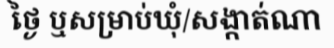
ថ្ងៃ ឬសម្រាប់ឃុំ/សង្កាត់ណា